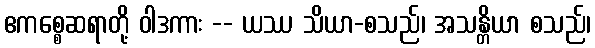
ဧကစ္စေဆရာတို့ ဝါဒကား -- ယဿ သိယာ-စသည်၊ အသန္တိယာ စသည်၊